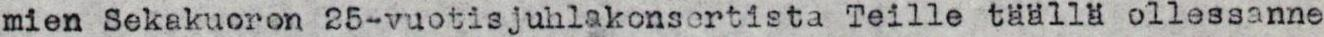
mien Sekakuoron 25-vuotisjuhlakonsertista Teille täällä ollessanne